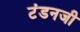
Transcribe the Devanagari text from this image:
टंडनजी